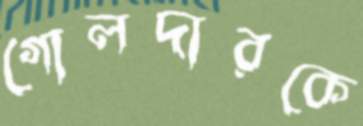
গোলদারকে